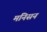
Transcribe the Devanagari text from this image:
मनिसन